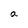
Character: a